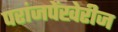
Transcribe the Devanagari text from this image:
परांजपेंखेरीज